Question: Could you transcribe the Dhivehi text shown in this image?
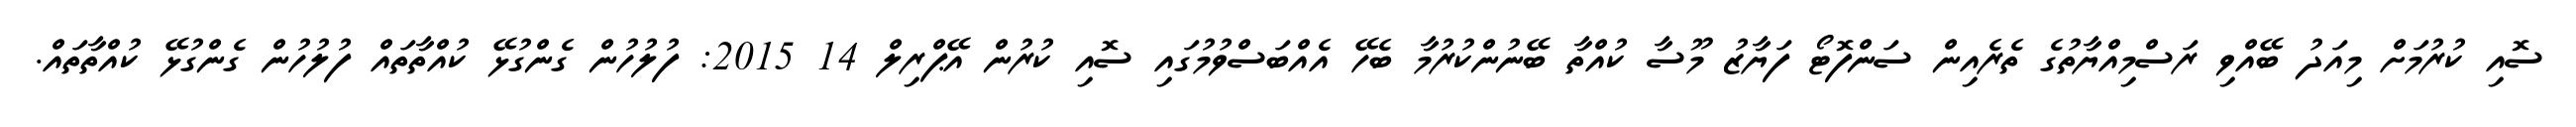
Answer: ސޮއި ކުރުމަށް މިއަދު ބޭއްވި ރަސްމިއްޔާތުގެ ތެރެއިން ސަންފޮޓޯ ފަޔާޒު މޫސާ ކުއްތާ ބޭނުންކުރުމާ ބެހޭ އެއްބަސްވުމުގައި ސޮއި ކުރުން އޭޕްރިލް 14 2015: ފުލުހުން ގެންގުޅޭ ކުއްތާތައް ފުލުހުން ގެންގުޅޭ ކުއްތާތައް.